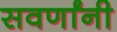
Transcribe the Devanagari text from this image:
सवर्णांनी